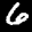
Label: 6